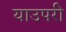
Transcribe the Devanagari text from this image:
याउपरी